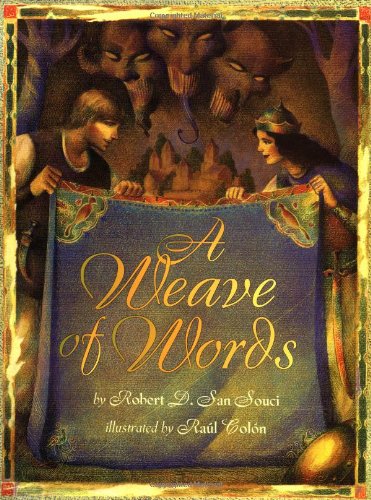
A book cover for A Weave Of Words; Robert D. San Souci; Children's Books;